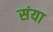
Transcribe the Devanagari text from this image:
संया